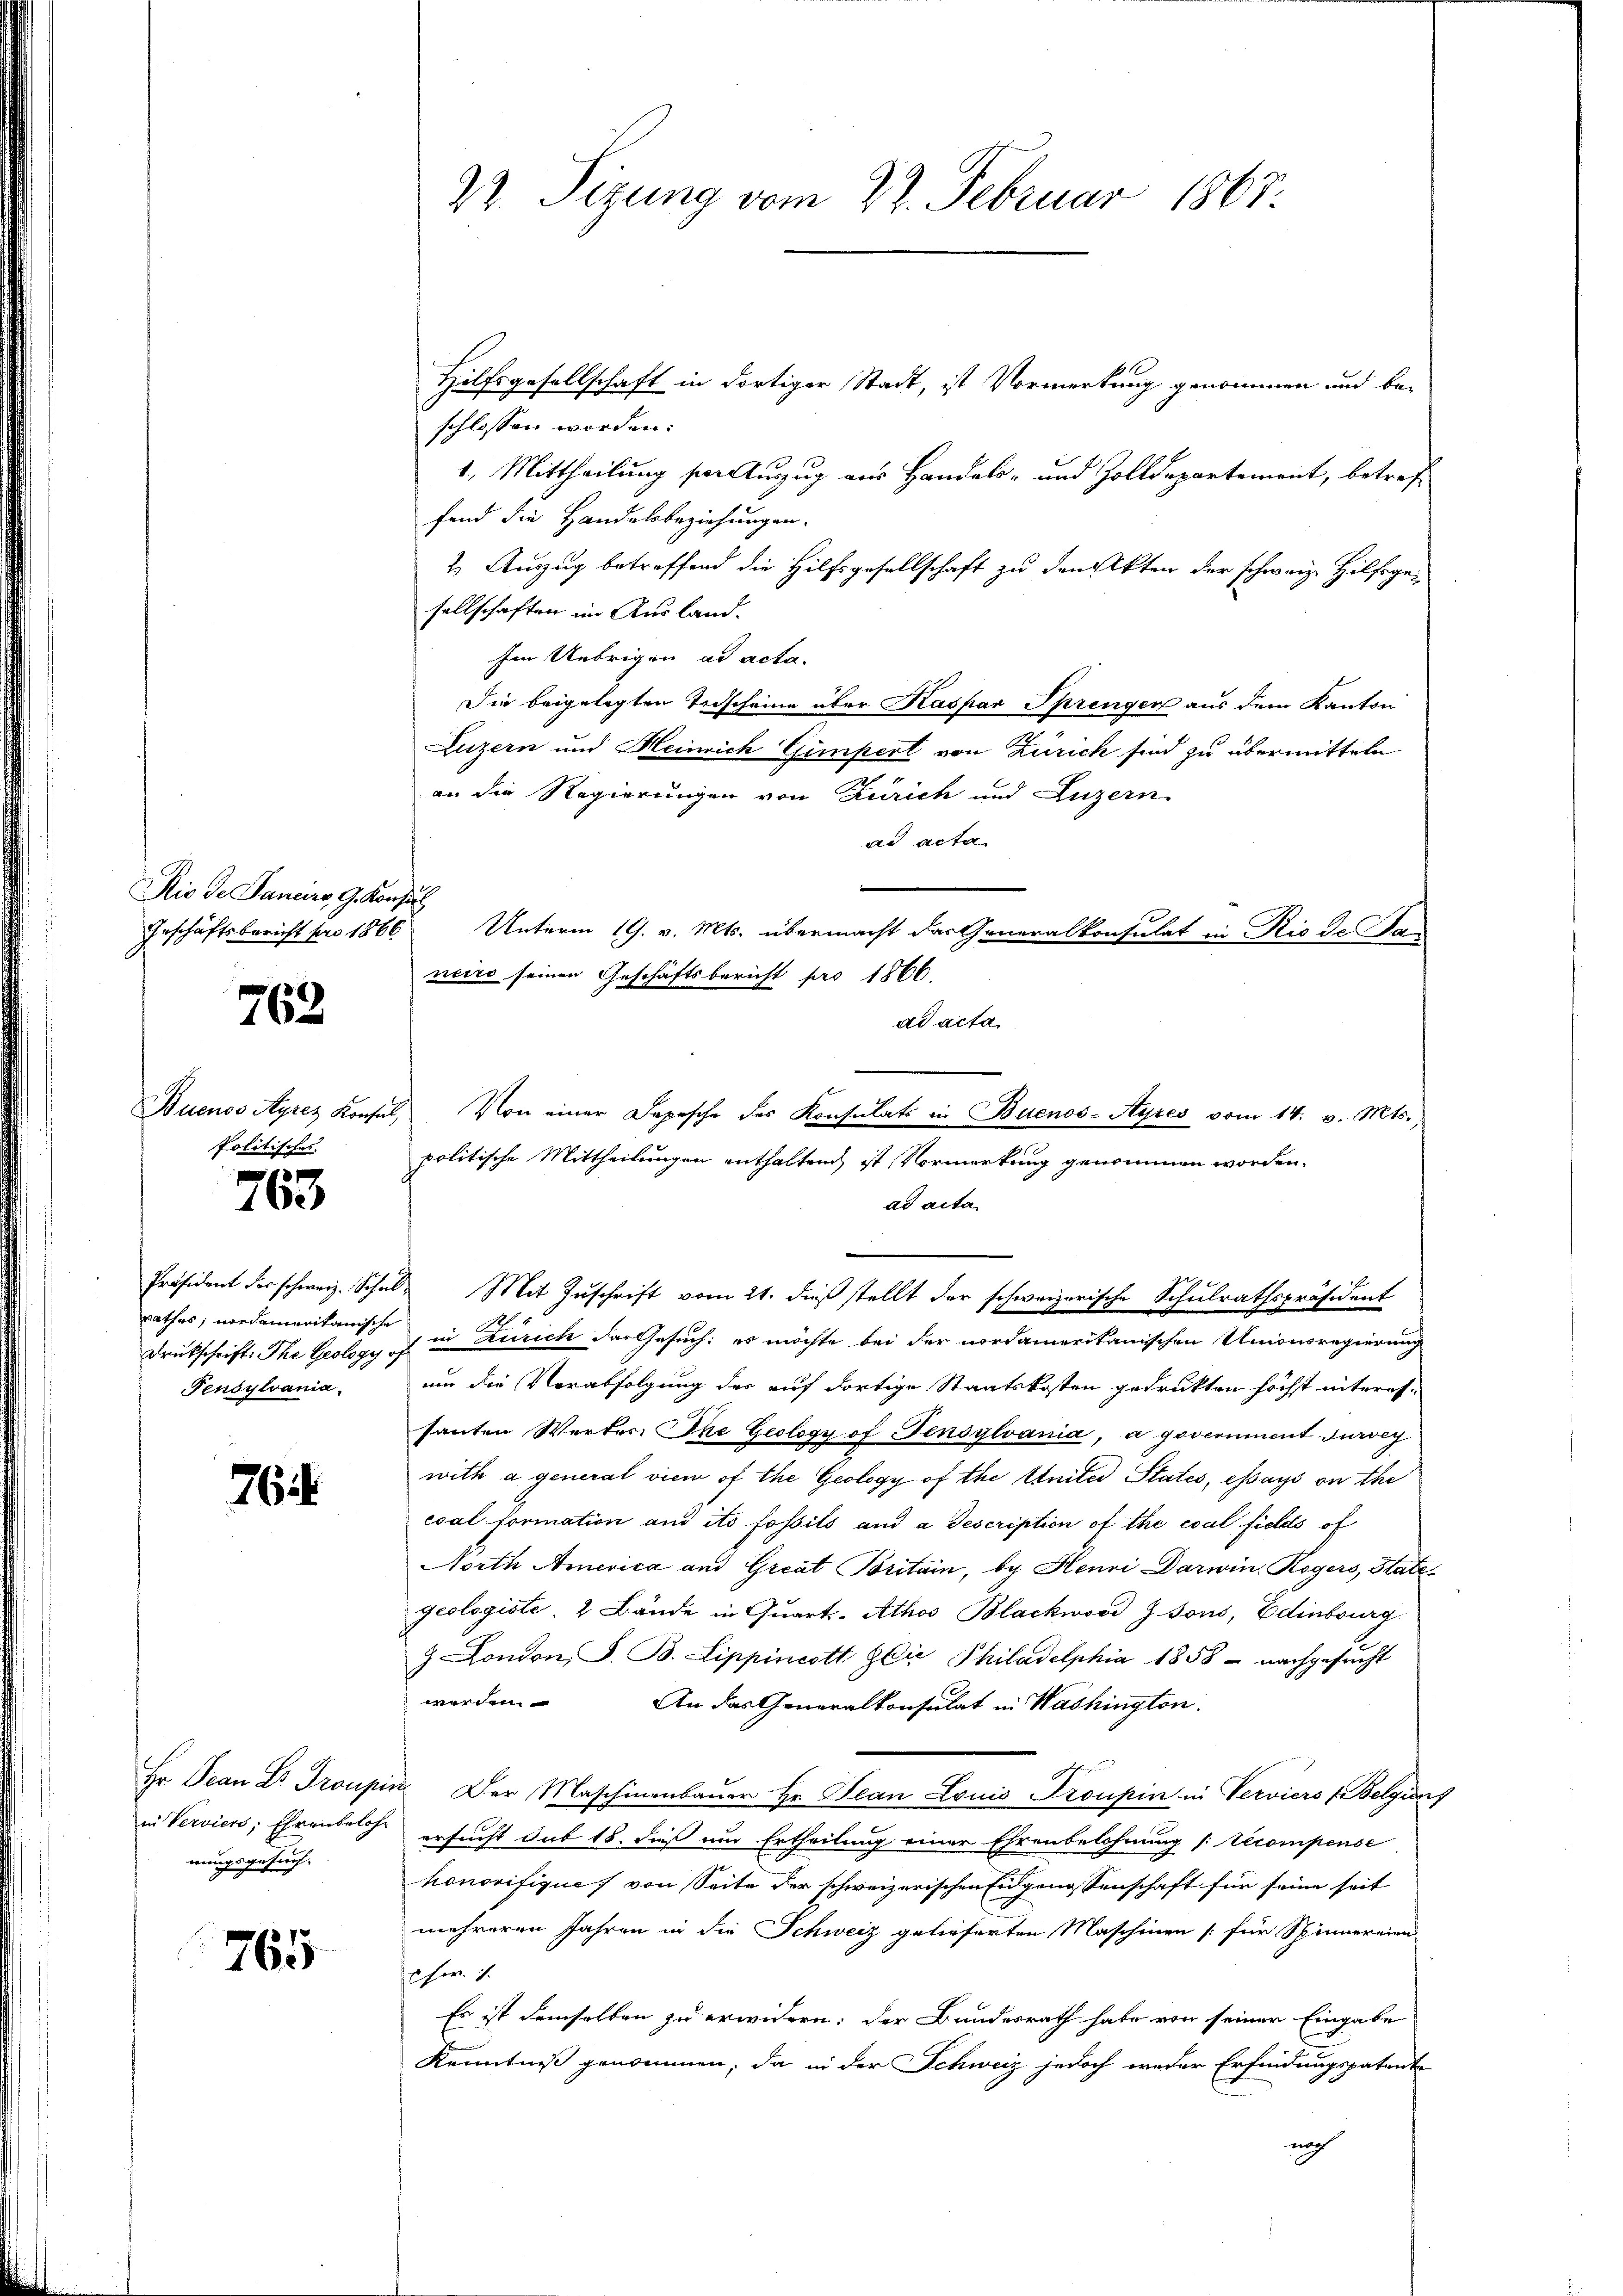
762

rathes, nordameritanische
Fensylvania.

76.

in Verviers, Ehrentelos
nungsgesuch.

765

io de Panciers G. Konsul
Geschäftsbericht pro 1866

Politisches.
763

22. Sizung vom 22. Februar 1863.

Hilfsgesellschaft in dortiger Stadt, ist Vormerkung genommen und beschlossen worden.
1. Mittheilung von Auszug aus Handels- und Zolldepartement, betreffend die Handelsbeziehungen.
2. Auszug betreffend die Hilfsgesellschaft zu den Akten der schweiz. Hilfsge-
sellschaften im Ausland.
Im Uebrigen ad acta.
Die beigelegten Todscheine über Kaspar Sprenger aus dem Kanton
Luzern und Heinrich Gimpert von Zürich sind zu übermitteln
an die Regierungen von Zürich und Luzern
ad acta
Unterm 19. v. Mts. übermacht das Generalkonsulat in Rio de Stand
neiro seinen Geschäftsbericht pro 1866.
ad acta
Buenos Ayres Konsul, Von einer Depesche des Konsulats in Buenos-Ayres vom 14. v. Mts.,
politische Mittheilungen enthaltend, ist Vormerkung genommen worden.
ad acta
Präsident der schweiz. Schŭl. Mit Zŭschrift vom 21. dieβ stellt der schweizerische Schulrathspräsident
8
Drukschrift: The Geology a in Zürich der Gesuch: es möchte bei der nordamerikanischen Unionsregierung
um die Verabfolgung des auf dortige Staatskosten gedrukten höchst interes-
santen Werker The Geology of Fensylvania, a goveriment survey
with a general viem of the Geology of the Etuites States, essays on the
coal formation und ito fossils und a Gescription of the eccal fields of
North America und Great Britain, bey Henri Darwin Rogers, Stati
Geologiste, 2 Bände in Quart- Athos Blackwood Z. sons, Edinburg
 London, S. B. Lippincott die Philadelphia 1858 - nachgesucht
werden.
An das Generalkonsulat in Washington.
Hr. Dran Dr. Troupin. Der Maschinenbauer Hr. Jean Louis Troupin in Verviers (Belgis
ersucht sub 18. dieß um Ertheilung einer Ehrenbelohnung [Vecompense
honorifique von Seite der schweizerischen Eidgenossenschaft für seine seit
mehreren Jahren in die Schweiz gelieferten Maschinen [für Spinnereien
u hr. f.
Es ist demselben zu erwidern: der Bundesrath habe von seiner Eingabe
Kenntniß genommen, da in der Schweiz jedoch weder Erfindungspatent
nach